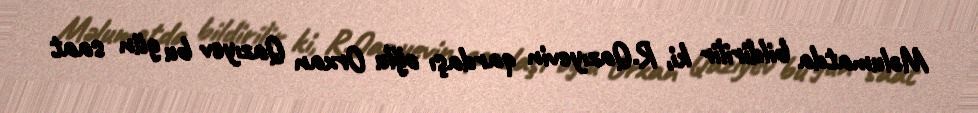
Məlumatda bildirilir ki, R.Qazıyevin qardaşı oğlu Orxan Qazıyev bu gün saat